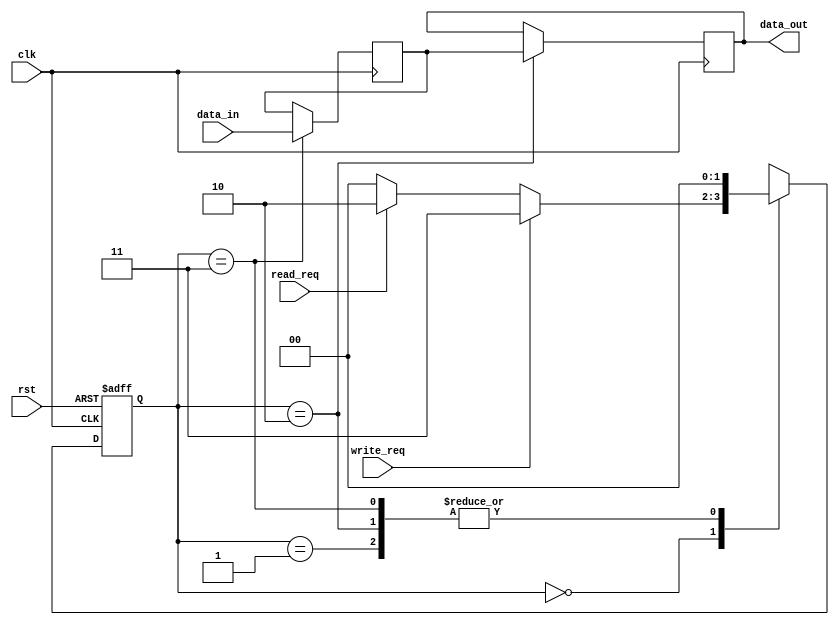
module SDRAM_controller (
  input wire clk,
  input wire rst,
  input wire read_req,
  input wire write_req,
  input wire [7:0] data_in,
  output reg [7:0] data_out
);

// Define states for the state machine
parameter PRECHARGE = 2'b00;
parameter ACTIVATE = 2'b01;
parameter READ = 2'b10;
parameter WRITE = 2'b11;

// Define state register and next state logic
reg [1:0] state_reg, state_next;
always @(posedge clk or posedge rst) begin
  if (rst) begin
    state_reg <= PRECHARGE;
  end else begin
    state_reg <= state_next;
  end
end

// Define state machine transitions
always @* begin
  case(state_reg)
    PRECHARGE: begin
      if (write_req) begin
        state_next = WRITE;
      end else if (read_req) begin
        state_next = READ;
      end else begin
        state_next = PRECHARGE;
      end
    end
    ACTIVATE: begin
      state_next = PRECHARGE;
    end
    READ: begin
      state_next = PRECHARGE;
    end
    WRITE: begin
      state_next = PRECHARGE;
    end
  endcase
end

// Data registers for buffering read and write data
reg [7:0] data_reg;

// Controller logic for managing read and write operations
always @(posedge clk) begin
  case(state_reg)
    PRECHARGE: begin
      // Logic for handling precharge state
    end
    ACTIVATE: begin
      // Logic for handling activate state
    end
    READ: begin
      // Logic for handling read state
      data_out <= data_reg;
    end
    WRITE: begin
      // Logic for handling write state
      data_reg <= data_in;
    end
  endcase
end

endmodule